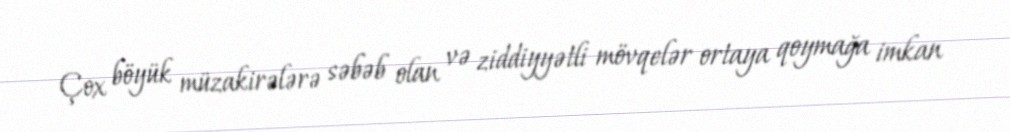
Çox böyük müzakirələrə səbəb olan və ziddiyyətli mövqelər ortaya qoymağa imkan